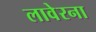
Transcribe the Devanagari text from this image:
लावेरना